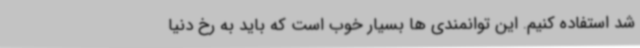
شد استفاده کنیم. این توانمندی ها بسیار خوب است که باید به رخ دنیا